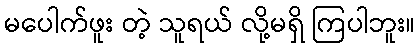
မပေါက်ဖူး တဲ့ သူရယ် လို့မရှိ ကြပါဘူး။